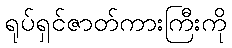
ရုပ်ရှင်ဇာတ်ကားကြီးကို